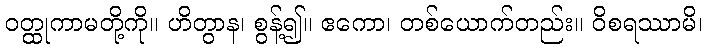
ဝတ္ထုကာမတို့ကို။ ဟိတွာန၊ စွန့်၍။ ဧကော၊ တစ်ယောက်တည်း။ ဝိစရဿာမိ၊